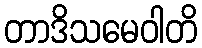
တာဒိသမေဝါတိ